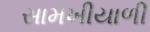
સામખીયાળી